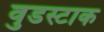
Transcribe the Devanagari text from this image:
वुडस्टाक